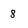
Character: 8